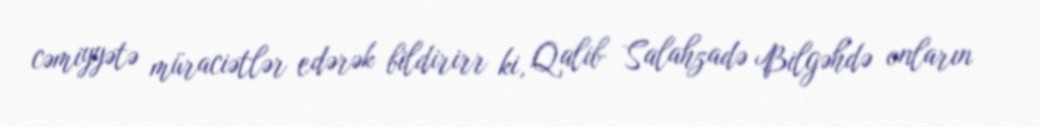
cəmiyyətə müraciətlər edərək bildirirr ki, Qalib Salahzadə Bilgəhdə onların